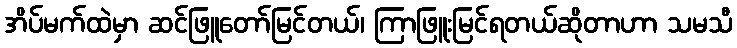
အိပ်မက်ထဲမှာ ဆင်ဖြူတော်မြင်တယ်၊ ကြာဖြူးမြင်ရတယ်ဆိုတာဟာ သမသီ